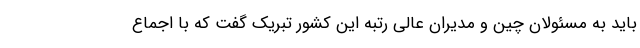
باید به مسئولان چین و مدیران عالی رتبه این کشور تبریک گفت که با اجماع